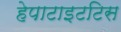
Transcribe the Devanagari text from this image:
हेपाटाइटटिस